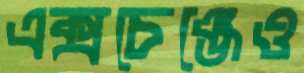
এক্সচেঞ্জেও